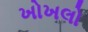
ખોખલો